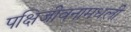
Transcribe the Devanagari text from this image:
पक्षिजीवनामधली